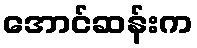
အောင်ဆန်းက